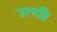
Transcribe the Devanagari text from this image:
उत्पप्ति